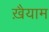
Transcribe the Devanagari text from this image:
ख़ैयाम